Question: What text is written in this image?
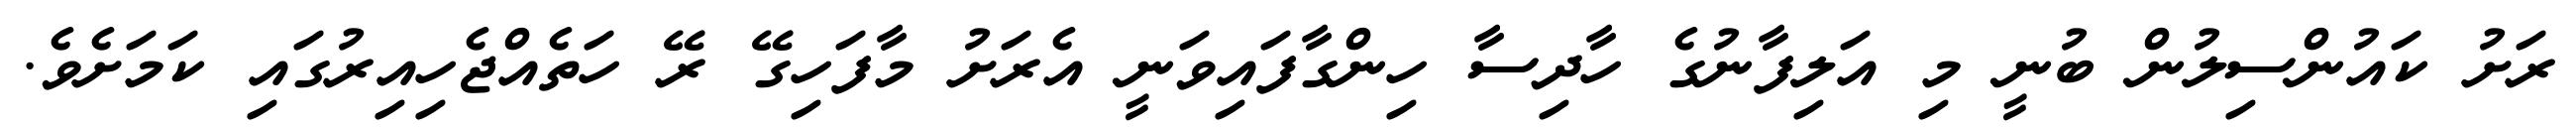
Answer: ރަށު ކައުންސިލުން ބުނީ މި އަލިފާނުގެ ހާދިސާ ހިންގާފައިވަނީ އެރަށު މާފަހިގޭ ރޭ ހަތެއްޖެހިއިރުގައި ކަމަށެވެ.